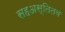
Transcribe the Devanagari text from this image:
सहअस्तितव